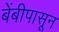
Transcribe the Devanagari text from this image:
बेंबीपासून